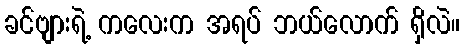
ခင်ဗျားရဲ့ ကလေးက အရပ် ဘယ်လောက် ရှိလဲ။